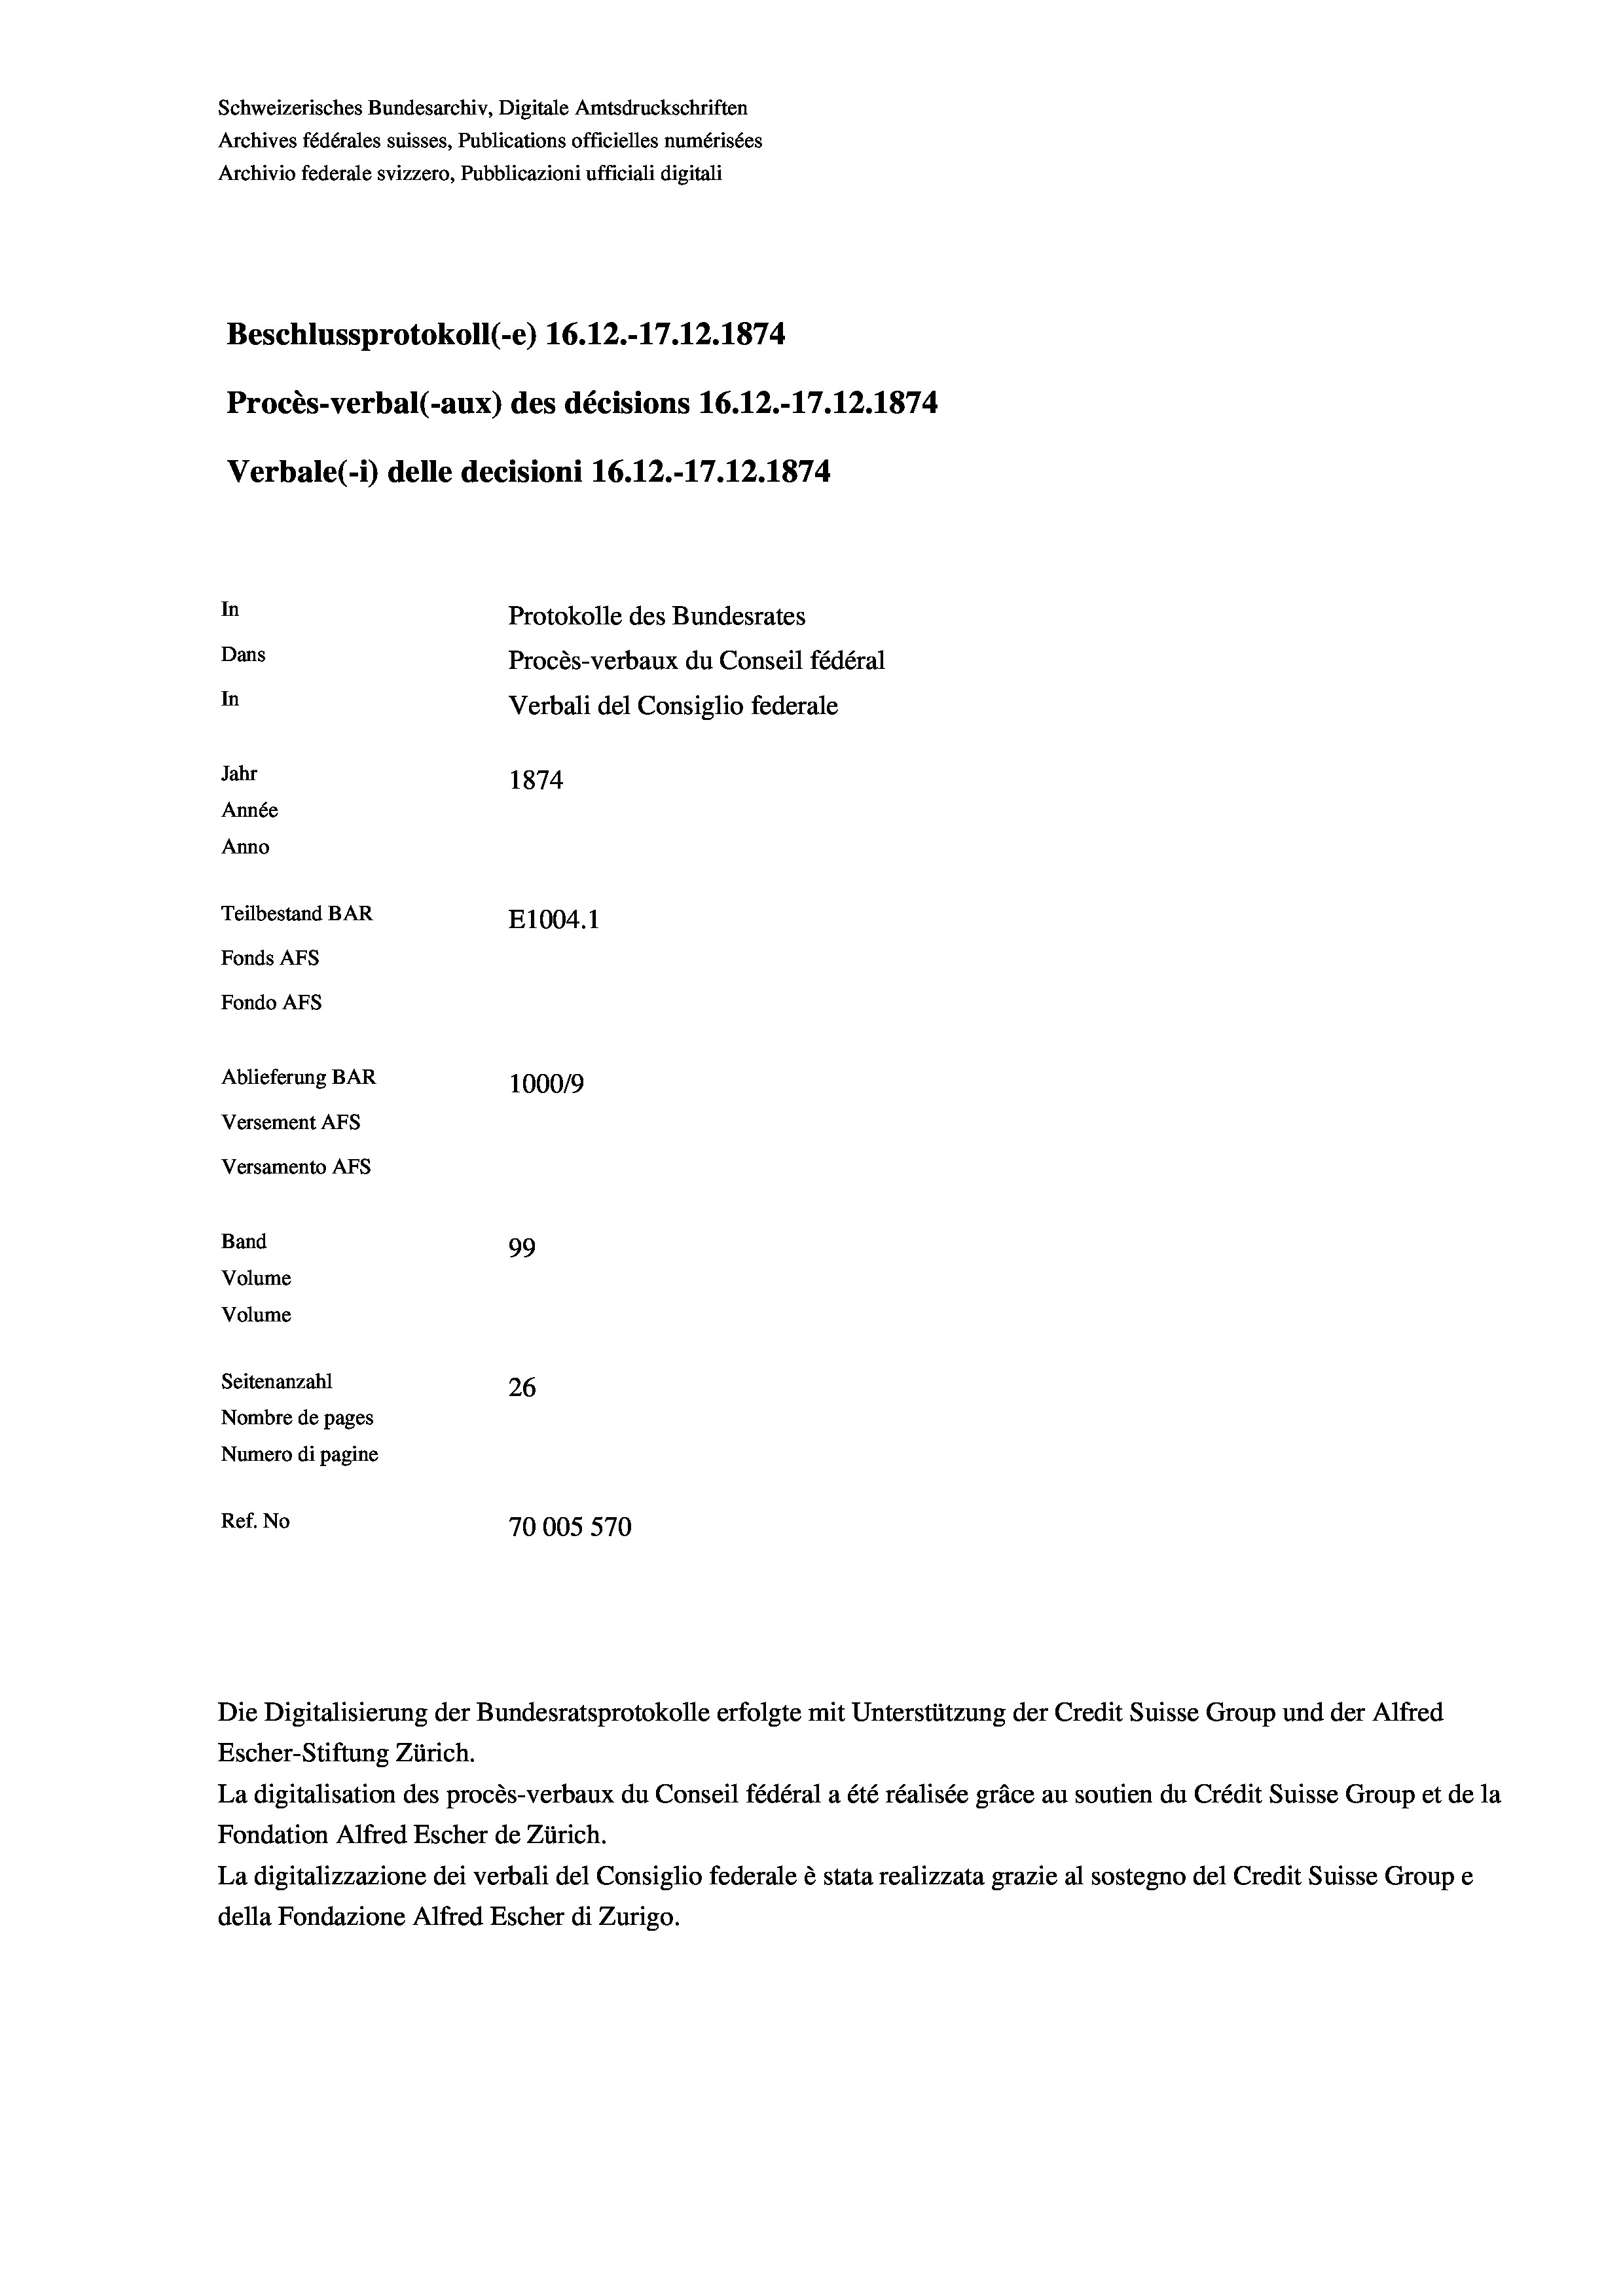
Schweizerisches Bundesarchiv, Digitale Amtsdruckschriften
Archives fédérales suisses, Publications officielles numérisées
Archivio federale svizzero, Pubblicazioni ufficiali digitali
Beschlussprotokoll (-e) 16.12.-17.12.1874
Procès-verbal (-aux) des décisions 16.12.-17.12.1874
Verbale (- 1) delle decisioni 16.12.-17.12.1874
In
Protokolle des Bundesrates
Dans
Procès-verbaux du Conseil fédéral
In
Verbali del Consiglio federale
Jahr
1874
Année
Anno
Teilbestand BAR
E1004. 1
Fonds AFs
Fondo AFs
Ablieferung BAR
100019
Versement AFs
Versamento Afs
Band
99
Volume
Volume
Seitenanzahl
26
Nombre de pages
Numero di pagine
Ref. No
70005 570

Die Digitalisierung der Bundesratsprotokolle erfolgte mit Unterstützung der Credit Suisse Group und der Alfred
Escher-Stiftung Zürich.
La digitalisation des procès-verbaux du Conseil fédéral a été réalisée gräce au soutien du Crédit Suisse Group et de la
Fondation Alfred Escher de Zürich.
La digitalizzazione dei verbali del Consiglio federale è stata realizzata grazie al sostegno del Credit Suisse Groupe
della Fondazione Alfred Escher di Zurigo.